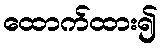
ထောက်ထား၍